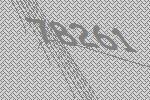
78261